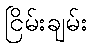
ငြိမ်းချမ်း